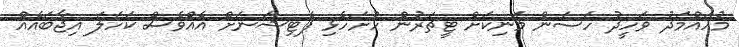
މުހައްމަދު ވަހީދު ހަސަން މަނިކަށް ޓީޗަރުން ހުށަހެޅި ޕެޓިޝަނަށް އެއްވެސް ކަހަލަ އިޖާބައެއް